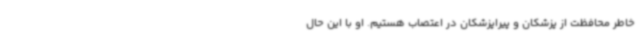
خاطر محافظت از پزشکان و پیراپزشکان در اعتصاب هستیم. او با این حال